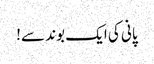
پانی کی ایک بوند سے!